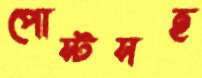
পোস্টসহ